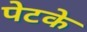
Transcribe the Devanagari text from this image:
पेटके